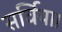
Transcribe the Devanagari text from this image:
सर्विया।